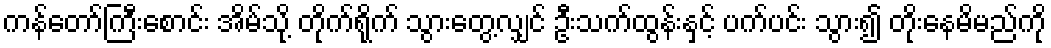
ကန်တော်ကြီးစောင်း အိမ်သို့ တိုက်ရိုက် သွားတွေ့လျှင် ဦးသက်ထွန်းနှင့် ပက်ပင်း သွား၍ တိုးနေမိမည်ကို